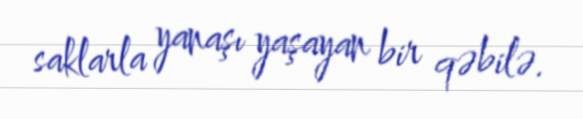
saklarla yanaşı yaşayan bir qəbilə.